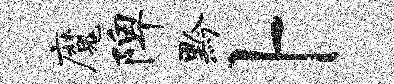
魔陴黔卜